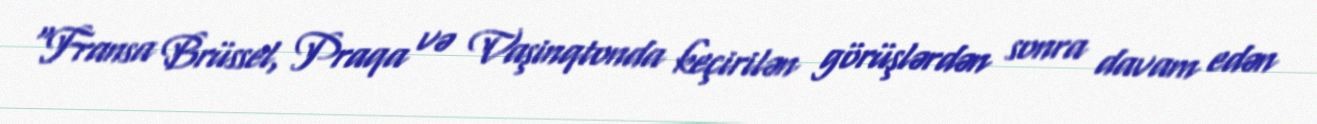
“Fransa Brüssel, Praqa və Vaşinqtonda keçirilən görüşlərdən sonra davam edən